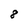
Character: 8